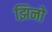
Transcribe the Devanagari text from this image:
झिनो